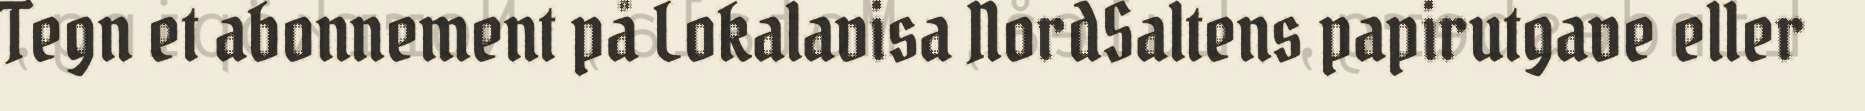
Tegn et abonnement på Lokalavisa NordSaltens papirutgave eller